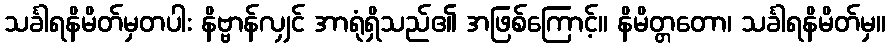
သင်္ခါရနိမိတ်မှတပါး နိဗ္ဗာန်လျှင် အာရုံရှိသည်၏ အဖြစ်ကြောင့်။ နိမိတ္တတော၊ သင်္ခါရနိမိတ်မှ။